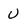
Character: V